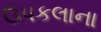
ઉપકલાના